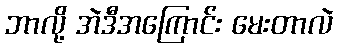
ဘာလို့ အဲဒီအကြောင်း မေးတာလဲ